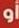
أو